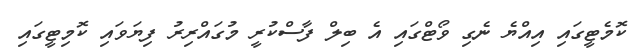
ކޮމެޓީގައި އިއްޔެ ނެގި ވޯޓްގައި އެ ބިލް ފާސްކުރީ މުގައްރިރު ފިޔަވައި ކޮމިޓީގައި